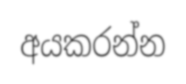
අයකරන්න